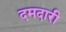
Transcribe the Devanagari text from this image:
दमदारी